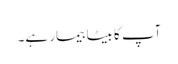
آپ کا بیٹا بیمار ہے۔